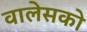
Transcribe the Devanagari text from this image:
वालेसको